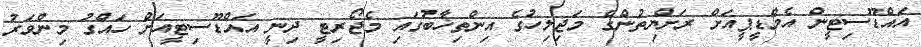
އައްޑޫސިޓީން އެމްޑީޕީއަށް ރަށްޔިތުންގެ މަޖިލިހުގެ އިންތިޚާބުގައި މެޖޯރިޓީ ދިނީ އައްޑޫސިޓީއަށް ހައްގު މިންވަރު